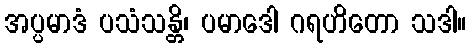
အပ္ပမာဒံ ပသံသန္တိ၊ ပမာဒေါ ဂရဟိတော သဒါ။